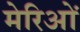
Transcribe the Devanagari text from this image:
मेरिओं